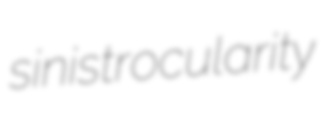
sinistrocularity